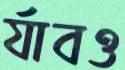
র‍্যাবও